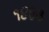
૧૪૪૩